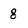
Character: 8